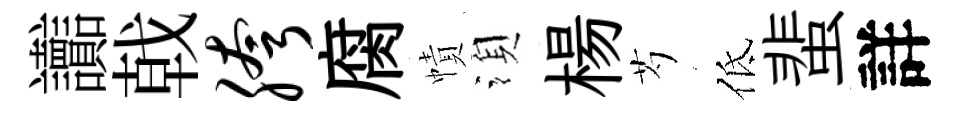
讟戟胯腐幘湏楊芍低蜚詳